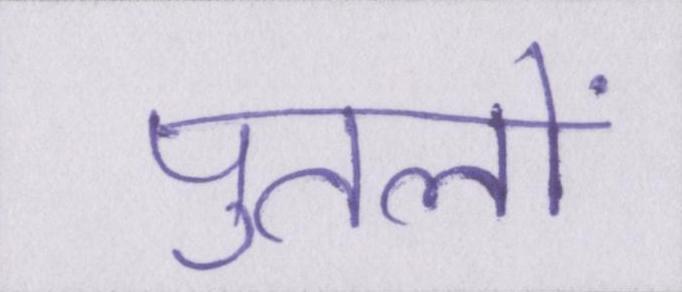
पुतलों